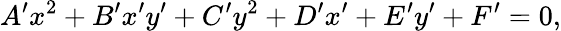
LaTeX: A^{\prime}x^{2}+B^{\prime}x^{\prime}y^{\prime}+C^{\prime}y^{2}+D^{\prime}x^{\prime}+E^{\prime}y^{\prime}+F^{\prime}=0,